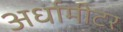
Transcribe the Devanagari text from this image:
अर्धामीटर